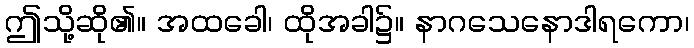
ဤသို့ဆို၏။ အထခေါ၊ ထိုအခါ၌။ နာဂသေနောဒါရကော၊